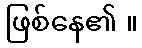
ဖြစ်နေ၏ ။